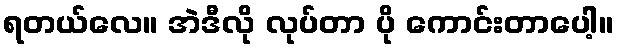
ရတယ်လေ။ အဲဒီလို လုပ်တာ ပို ကောင်းတာပေါ့။